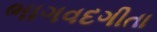
ભાગવદગીતા